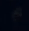
<